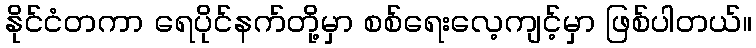
နိုင်ငံတကာ ရေပိုင်နက်တို့မှာ စစ်ရေးလေ့ကျင့်မှာ ဖြစ်ပါတယ်။